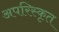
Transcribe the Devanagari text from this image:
अपरिस्कृत